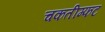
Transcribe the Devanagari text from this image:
चकतीम्फट